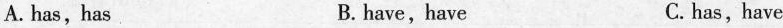
A. has, has B. have, have C. has,have